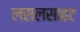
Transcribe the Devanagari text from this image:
लसलसाहट